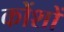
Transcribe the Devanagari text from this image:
कोंशों